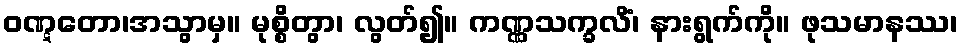
ဝဏ္ဋတော၊အသွာမှ။ မုစ္စိတွာ၊ လွတ်၍။ ကဏ္ဏသက္ခလိံ၊ နားရွက်ကို။ ဖုသမာနဿ၊